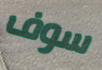
سوف